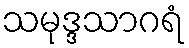
သမုဒ္ဒသာဂရံ